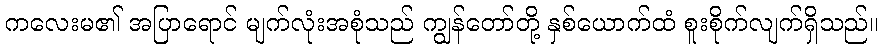
ကလေးမ၏ အပြာရောင် မျက်လုံးအစုံသည် ကျွန်တော်တို့ နှစ်ယောက်ထံ စူးစိုက်လျက်ရှိသည်။